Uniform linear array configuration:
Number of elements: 8
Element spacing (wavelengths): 0.25
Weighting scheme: uniform
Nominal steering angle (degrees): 30
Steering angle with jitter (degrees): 28.707
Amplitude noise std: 0.05
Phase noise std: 0.05

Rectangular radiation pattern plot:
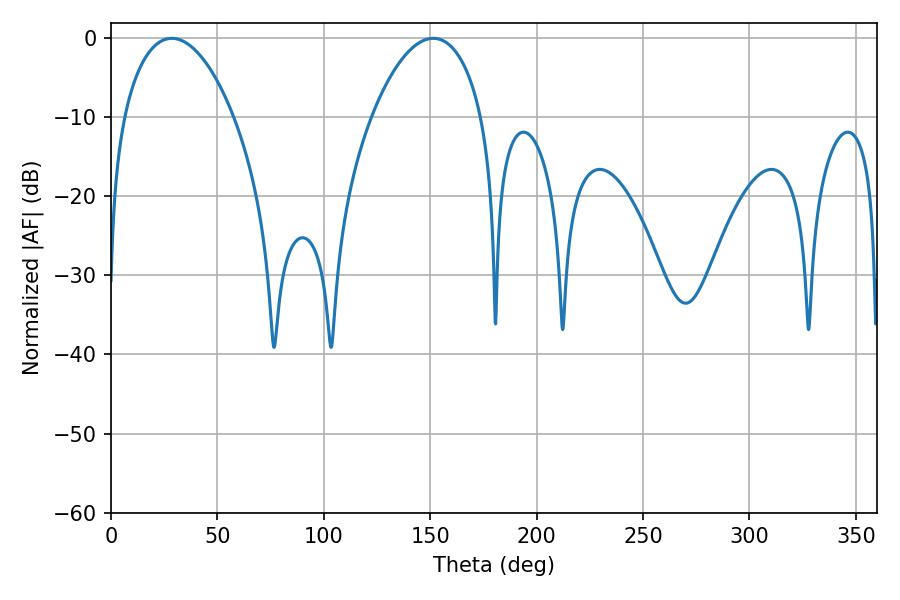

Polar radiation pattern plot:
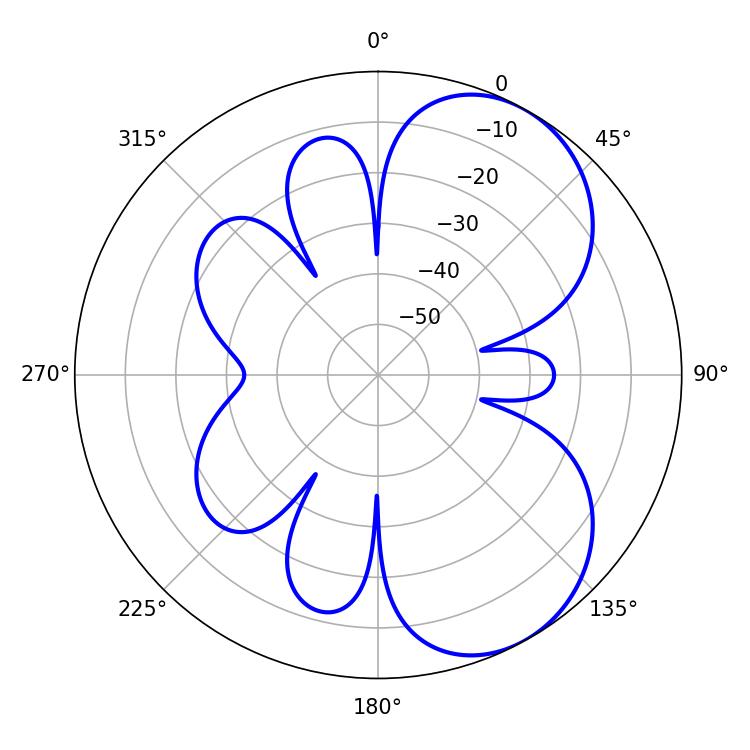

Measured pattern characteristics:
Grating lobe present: FALSE
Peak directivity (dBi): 5.928
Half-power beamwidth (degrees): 29.16
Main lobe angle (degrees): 28.62